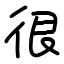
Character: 很